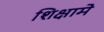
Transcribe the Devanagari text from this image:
शिक्षामे